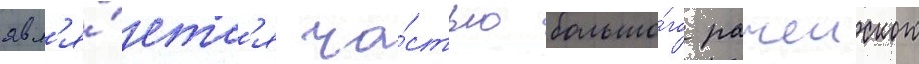
явл'я́етс'я ча́стью большо́го рачеиского